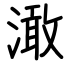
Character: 澉